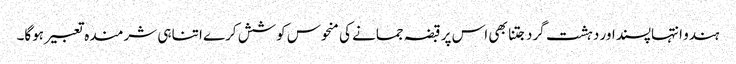
ہندو انتہاپسنداور دہشت گرد جتنا بھی اس پر قبضہ جمانے کی منحوس کوشش کرے اتنا ہی شرمندہ تعبیر ہوگا۔